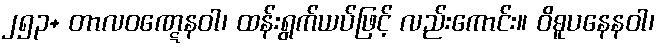
၂၅၃+ တာလဝဏ္ဋေနဝါ၊ ထန်းရွက်ယပ်ဖြင့် လည်းကောင်း။ ဝိဓူပနေနဝါ၊